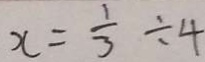
x = \frac { 1 } { 3 } \div 4